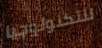
للتكنولوجيا